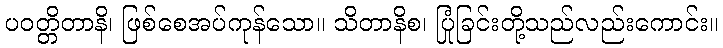
ပဝတ္တိတာနိ၊ ဖြစ်စေအပ်ကုန်သော။ သိတာနိစ၊ ပြုံခြင်းတို့သည်လည်းကောင်း။